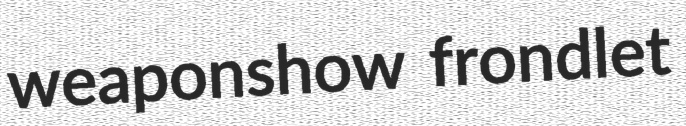
weaponshow frondlet